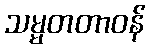
သမ္မတတာဝန်